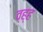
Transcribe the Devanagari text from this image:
व्ह्ह